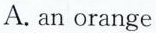
A. an orange